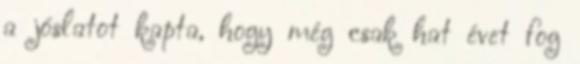
a jóslatot kapta, hogy még csak hat évet fog